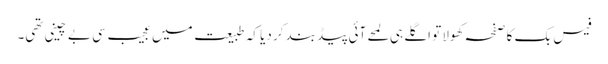
فیس بک کا صفحہ کھولا تو اگلے ہی لمحے آئی پیڈ بند کر دیا کہ طبیعت میں عجیب سی بے چینی تھی۔